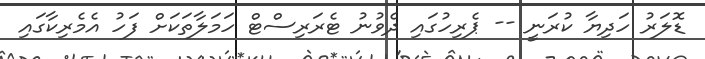
ޑޮލަރު ހަދިޔާ ކުރަނީ -- ޕެރިހުގައި ދެވުނު ޓެރަރިސްޓް ހަމަލާތަކަށް ފަހު އެމެރިކާގައި